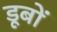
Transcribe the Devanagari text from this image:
डूबों